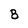
Character: 8